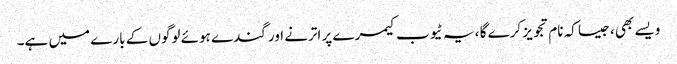
ویسے بھی ، جیسا کہ نام تجویز کرے گا ، یہ ٹیوب کیمرے پر اترنے اور گندے ہوئے لوگوں کے بارے میں ہے۔